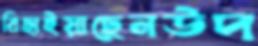
বিছাইয়াছেনউদ